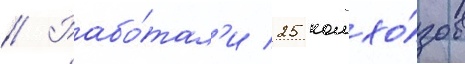
// Рабо́тал'и 25 колхо́зов